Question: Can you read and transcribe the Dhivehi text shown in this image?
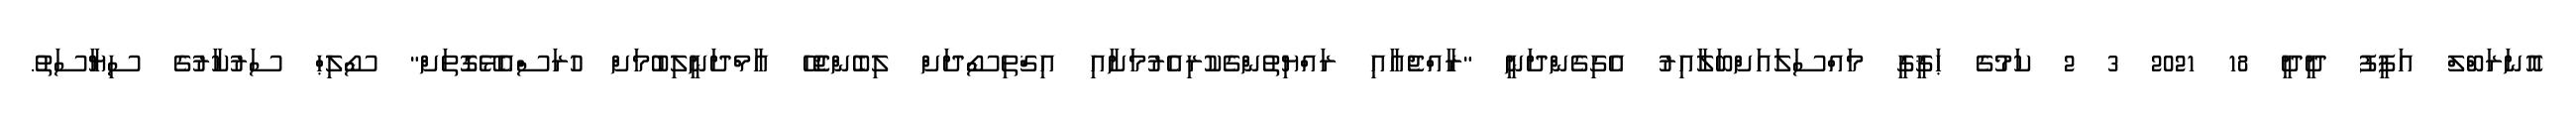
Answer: އޮނަރަބްލް އަފީފު ދީދީ 18 2021 3 2 ކަމުގެ ޙަޤީގީ މައްސަލައަށްބަލާއިރު އެގިގެންދަނީ "ރާއްޖެއާއި ރައްޔިތުންގެކުރިއެރުމަށާއި އިޤްތިސޯދަށް ލިބެންޖެހޭ އާމްދަނީލިބުމަށް ހުރަސްއެޅޭގޮތަށް" ސޯލިޙް ސަރުކާރުގެ ސިޔާސަތު.